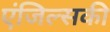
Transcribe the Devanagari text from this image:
एंजिल्सकी